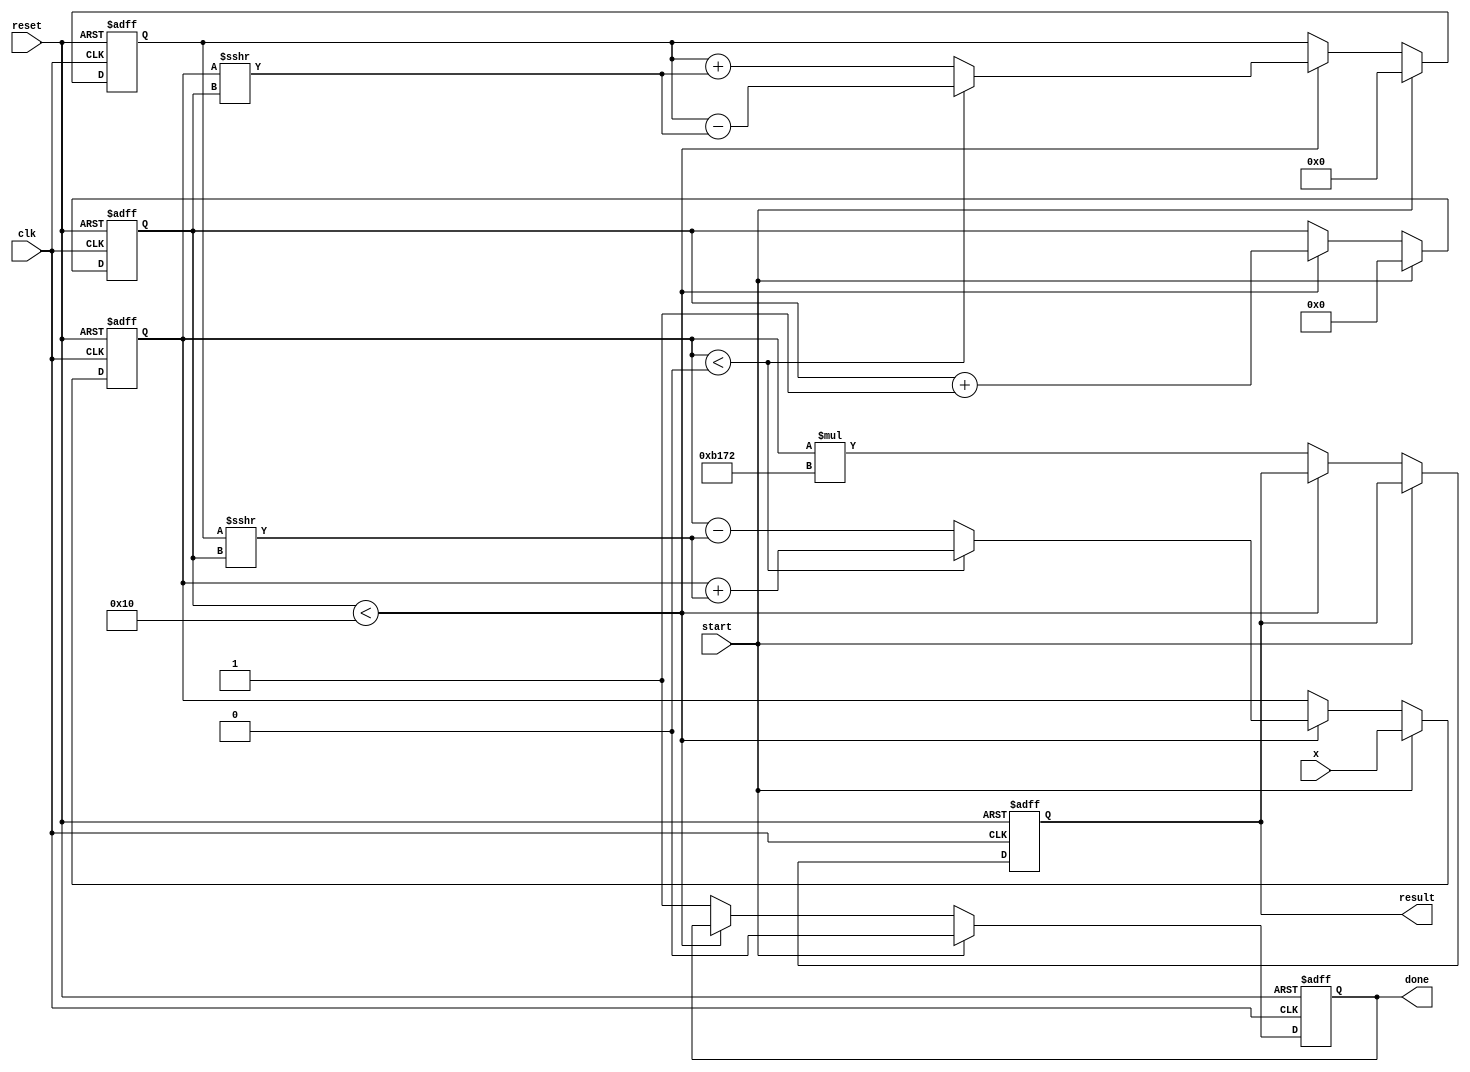
module cordic_exponential #(
    parameter WIDTH = 16, // Width of the input and output
    parameter ITERATIONS = 16 // Number of CORDIC iterations
)(
    input wire clk,
    input wire reset,
    input wire start,
    input wire signed [WIDTH-1:0] x, // Input value for e^x
    output reg signed [WIDTH-1:0] result, // Output result
    output reg done // Indicates computation completion
);

    // CORDIC angle table for arctan(2^-i) in fixed-point representation
    reg signed [WIDTH-1:0] angle_table [0:ITERATIONS-1];
    initial begin
        angle_table[0] = 16'h26DD; // atan(1) = 45 degrees in fixed-point
        angle_table[1] = 16'h1DAC; // atan(0.5) = 26.565 degrees
        angle_table[2] = 16'h1B71; // atan(0.25) = 14.036 degrees
        angle_table[3] = 16'h1A62; // atan(0.125) = 7.125 degrees
        // Continue filling the angle table as needed...
    end

    reg signed [WIDTH-1:0] x_reg, y_reg; // Intermediate registers
    reg [4:0] iteration; // Iteration counter
    reg signed [WIDTH-1:0] scaling_factor; // Scaling factor for e^x

    // Scaling factor for e^x (e^x = e^(x/2^n) * 2^(n))
    initial begin
        scaling_factor = 16'hB172; // Approximation of 1.6487 (e^1)
    end

    // State machine for CORDIC operation
    always @(posedge clk or posedge reset) begin
        if (reset) begin
            result <= 0;
            done <= 0;
            iteration <= 0;
            x_reg <= 0;
            y_reg <= 0;
        end else if (start) begin
            // Load input value into registers
            x_reg <= x;
            y_reg <= 0; // Start with y = 0
            iteration <= 0;
            done <= 0;
        end else if (iteration < ITERATIONS) begin
            // CORDIC rotation logic
            if (x_reg < 0) begin
                // Rotate clockwise
                x_reg <= x_reg + (y_reg >>> iteration);
                y_reg <= y_reg - (x_reg >>> iteration);
            end else begin
                // Rotate counterclockwise
                x_reg <= x_reg - (y_reg >>> iteration);
                y_reg <= y_reg + (x_reg >>> iteration);
            end
            iteration <= iteration + 1;
        end else begin
            // Final scaling and output
            result <= x_reg * scaling_factor; // Apply scaling factor
            done <= 1; // Indicate completion
        end
    end

endmodule